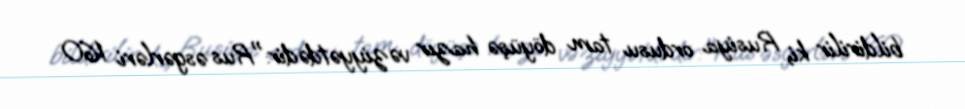
bildirilir ki, Rusiya ordusu tam döyüşə hazır vəziyyətdədir:"Rus əsgərləri 160